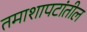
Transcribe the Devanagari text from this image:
तमाशापटांतील